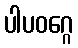
ပါပဝဂ္ဂေ